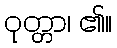
ဝုတ္တာ၊ ၏။